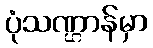
ပုံသဏ္ဌာန်မှာ